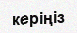
керіңіз